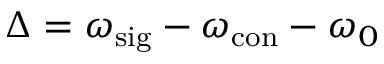
\Delta = \omega _ { \mathrm { s i g } } - \omega _ { \mathrm { c o n } } - \omega _ { 0 }